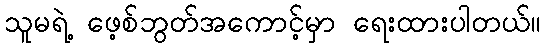
သူမရဲ့ ဖေ့စ်ဘွတ်အကောင့်မှာ ရေးထားပါတယ်။